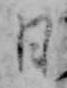
日